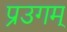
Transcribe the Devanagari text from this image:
प्रउगम्